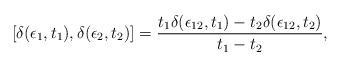
LaTeX: \begin{align*}[\delta (\epsilon_1, t_1), \delta (\epsilon_2, t_2)] = {t_1 \delta(\epsilon_{12}, t_1) - t_2 \delta (\epsilon_{12}, t_2)\over t_1 - t_2},\end{align*}